system: You are a helpful assistant.
user:
Analyze the provided spectrum to determine if it is a **"Cataclysmic Variables (CV)"**.

- **Key Indicators for CV (Check for either state):**
    - **State 1: Quiescent / Low-State (Emission-Dominated)**
        - **(Primary):** Strong and *very broad* Hydrogen Balmer emission lines (e.g., $H\alpha$ at 6563 Å, $H\beta$ at 4861 Å). The 'broadness' (high velocity dispersion, often FWHM > 1000 km/s) is the key diagnostic, indicating a high-velocity accretion disk.
        - **(Secondary):** Broad neutral Helium (He I) emission lines (e.g., 5876 Å, 6678 Å).
        - **(Key Confirmation):** Presence of high-excitation *ionized* Helium (He II) emission at 4686 Å. This is a strong indicator of accretion onto a white dwarf.
        - **(Line Profile):** Emission lines may exhibit a 'double-peaked' profile, which is a classic signature of a rotating accretion disk viewed at high inclination.

    - **State 2: Outburst / High-State (Absorption-Dominated)**
        - **(Primary):** Spectrum is dominated by a bright, blue continuum (looks like a hot star).
        - **(Secondary):** The emission lines from State 1 are weak, absent, or 'filled in', and are replaced by broad, shallow *absorption* lines (primarily Balmer and He I).
        - **(Morphology):** The overall spectrum mimics a hot B/A-type star. The crucial difference is that the absorption lines are significantly broader, shallower, and more 'washed-out' (or 'smeared') than the sharp lines of a normal stellar photosphere, due to high rotational speeds and pressure broadening in the disk.

Think first, call **spectral_visualization_tool** if needed to examine features in detail, then provide your final answer. Your response must adhere to the following strict rules:
1.  **Overall Structure:** Your response must follow the format `<think>...</think> <tool_call>...</tool_call> (if a tool is used) <answer>...</answer>`.
2.  **Tool Usage Constraint:** You may only make **one** tool call per turn.
3.  **Final Answer Format:** In the `<answer>` tag, your conclusion must be inside a `\boxed{}` command (e.g., `\boxed{YES}`), followed by your justification.

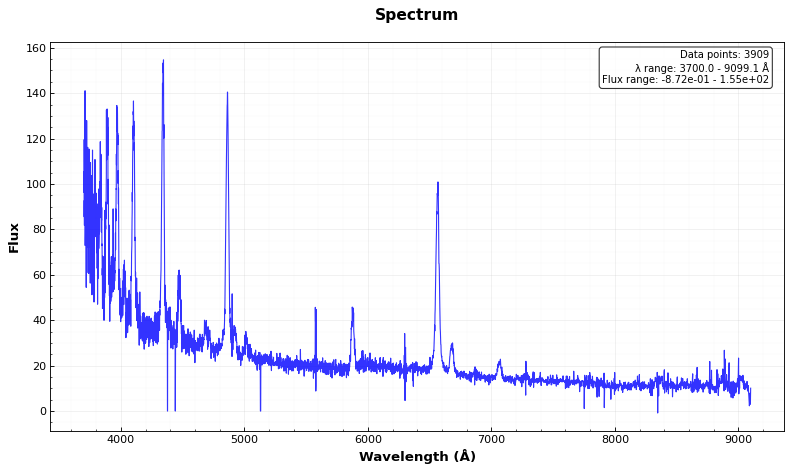
Answer: YES